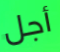
أجل